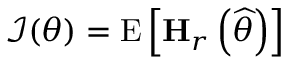
{ \mathcal { I } } ( \theta ) = \mathrm { E } \left[ \mathbf { H } _ { r } \left( { \widehat { \theta } } \right) \right]